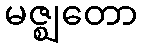
မဇ္ဈတော